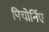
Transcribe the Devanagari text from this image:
पिचोर्निए